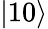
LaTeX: \left|10\right\rangle